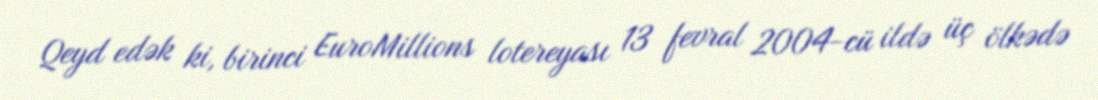
Qeyd edək ki, birinci EuroMillions lotereyası 13 fevral 2004-cü ildə üç ölkədə